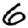
Digit: 6